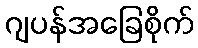
ဂျပန်အခြေစိုက်